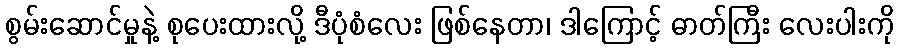
စွမ်းဆောင်မှုနဲ့ စုပေးထားလို့ ဒီပုံစံလေး ဖြစ်နေတာ၊ ဒါကြောင့် ဓာတ်ကြီး လေးပါးကို